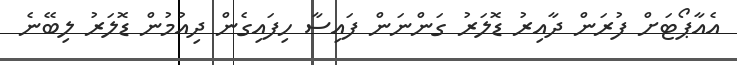
އެއާޕޯޓަށް ފުރަން ދާއިރު ޑޮލަރު ގަންނަން ފައިސާ ހިފައިގެން ދިއުމުން ޑޮލަރު ލިބޭނެ